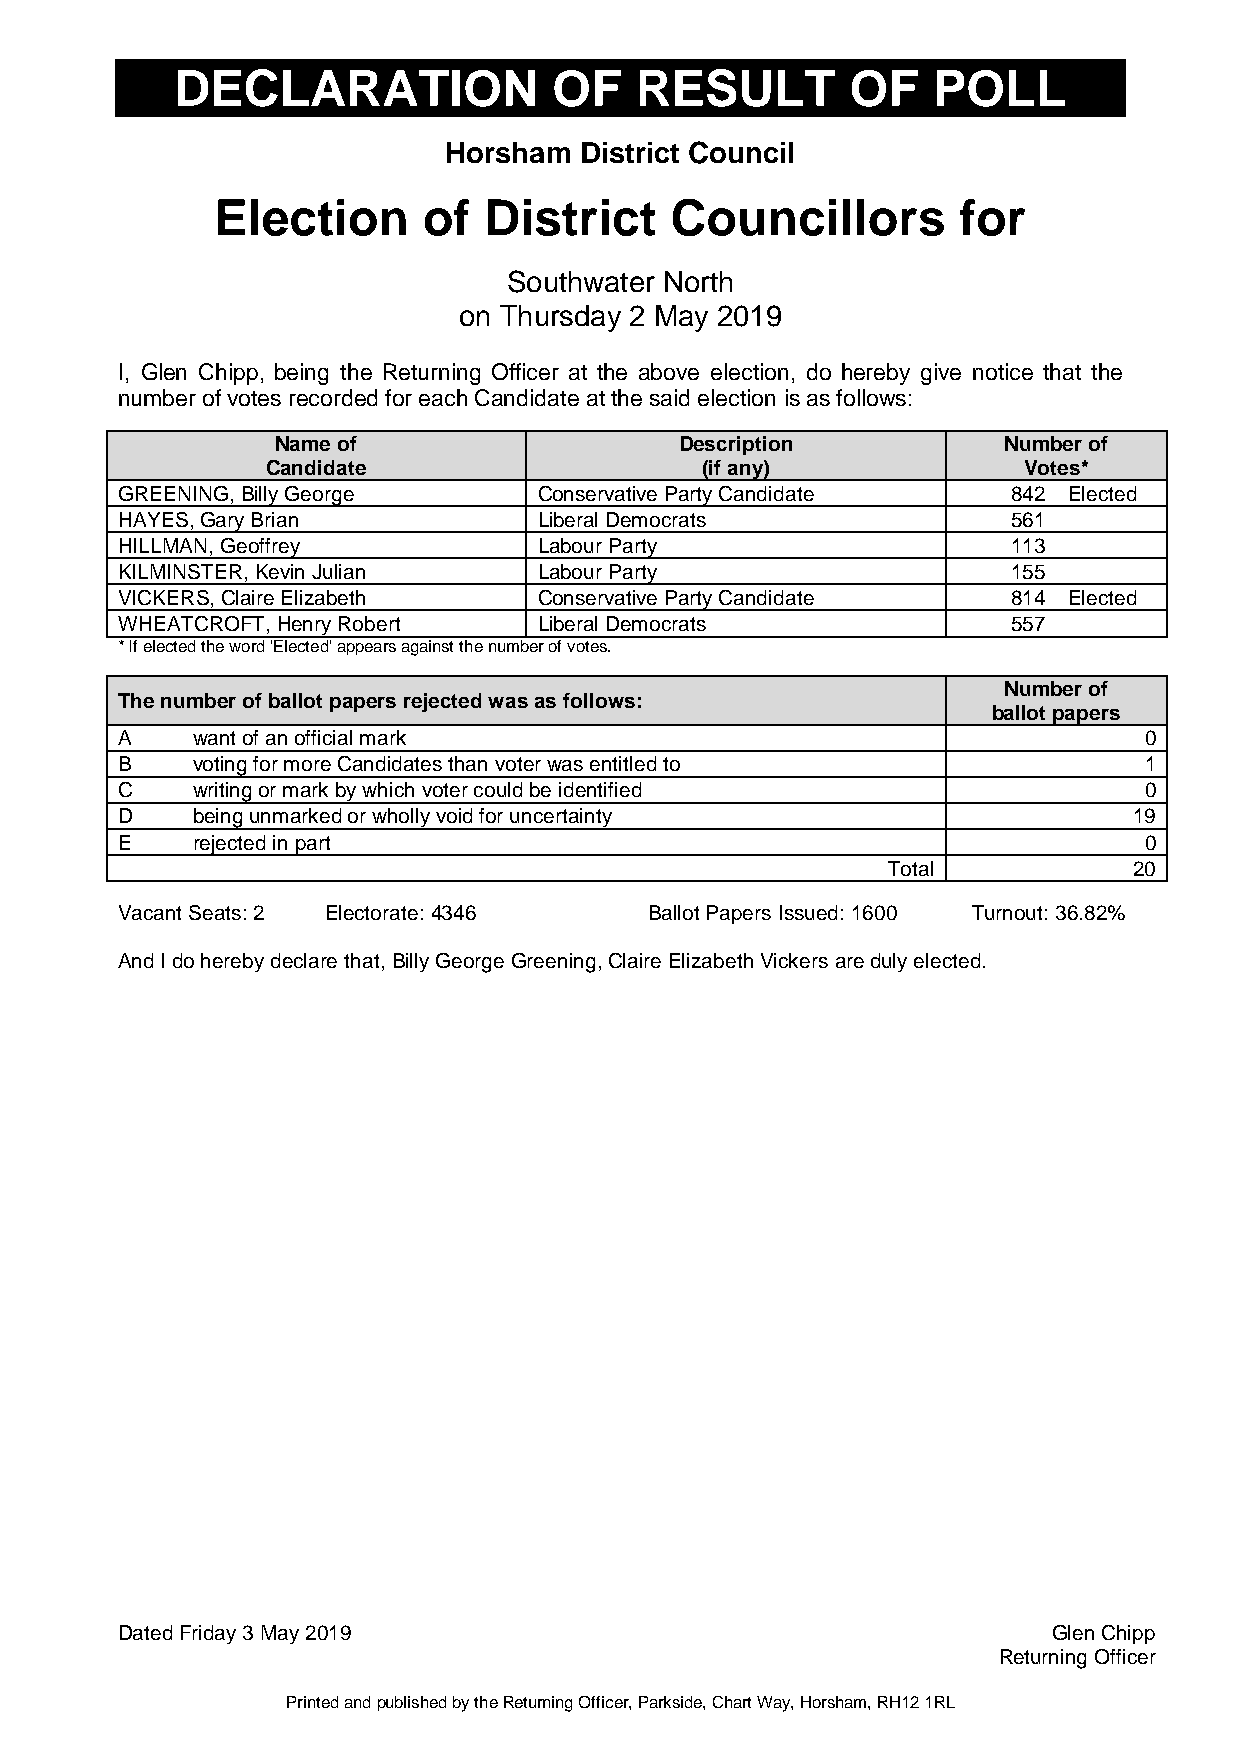
DECLARATION              OF   RESULT        OF    POLL
 Horsham  District Council
 Election      of  District    Councillors        for
 Southwater North
 on Thursday 2 May 2019
 I, Glen Chipp, being the Returning Officer at the above election, do hereby give notice that the
 number of votes recorded for each Candidate at the said election is as follows:
 Name of                    Description          Number of
 Candidate                   (if any)              Votes*
 GREENING, Billy George      Conservative Party Candidate   842 Elected
 HAYES, Gary Brian           Liberal Democrats              561
 HILLMAN, Geoffrey           Labour Party                   113
 KILMINSTER, Kevin Julian    Labour Party                   155
 VICKERS, Claire Elizabeth   Conservative Party Candidate   814 Elected
 WHEATCROFT, Henry Robert    Liberal Democrats              557
 * If elected the word 'Elected' appears against the number of votes.
 Number of
 The number of ballot papers rejected was as follows:
 ballot papers
 A    want of an official mark                                       0
 B    voting for more Candidates than voter was entitled to          1
 C    writing or mark by which voter could be identified             0
 D    being unmarked or wholly void for uncertainty                 19
 E    rejected in part                                               0
 Total           20
 Vacant Seats: 2 Electorate: 4346   Ballot Papers Issued: 1600 Turnout: 36.82%
 And I do hereby declare that, Billy George Greening, Claire Elizabeth Vickers are duly elected.
 Dated Friday 3 May 2019                                       Glen Chipp
 Returning Officer
 Printed and published by the Returning Officer, Parkside, Chart Way, Horsham, RH12 1RL